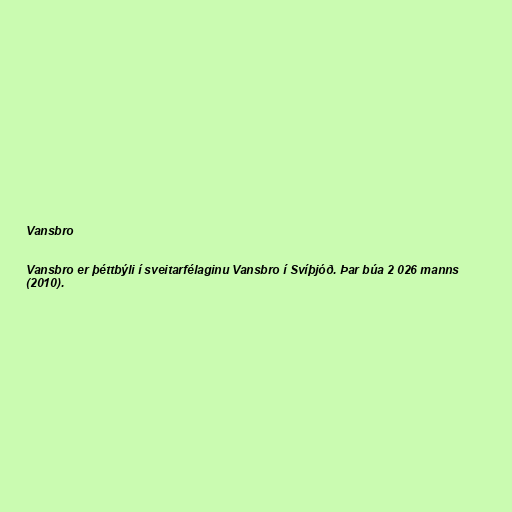
Vansbro

Vansbro er þéttbýli í sveitarfélaginu Vansbro í Svíþjóð. Þar búa 2 026 manns
(2010).